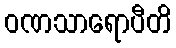
ဝဏသာရောပီတိ